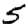
Digit: 5